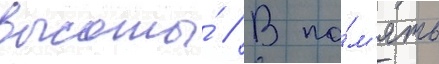
высоты́ // В па́м'ять